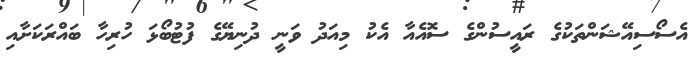
އެސޯސިއޭޝަންތަކުގެ ރައީސުންގެ ސޮއެއާ އެކު މިއަދު ވަނީ ދުނިޔޭގެ ފުޓުބޯޅަ ހުރިހާ ބައްރަކަށާއި